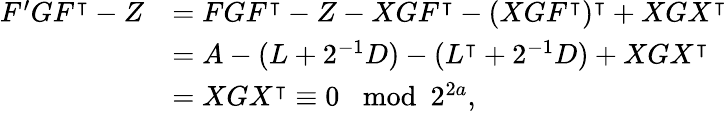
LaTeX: \begin{array}{rl}{F^{\prime}GF^{\intercal}-Z}&{=FGF^{\intercal}-Z-XGF^{\intercal}-(XGF^{\intercal})^{\intercal}+XGX^{\intercal}}\\ &{=A-(L+2^{-1}D)-(L^{\intercal}+2^{-1}D)+XGX^{\intercal}}\\ &{=XGX^{\intercal}\equiv 0\mod 2^{2a},}\end{array}